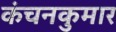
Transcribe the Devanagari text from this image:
कंचनकुमार